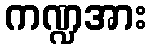
ကဏ္ဍအား